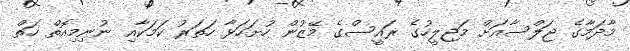
މާދަމާގެ ޖަލްސާއަށް މަޖިލީހުގެ ރައީސްގެ މޭޒުން ހުށަހަޅާ ހަތަރު ކަމަކާއި ނުނިމިއޮތް ހަތް